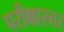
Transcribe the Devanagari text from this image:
परीक्षास्तर